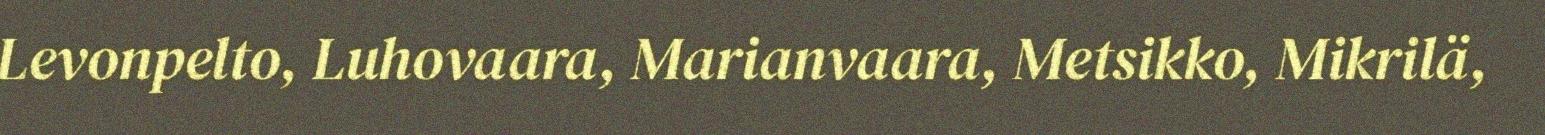
Levonpelto, Luhovaara, Marianvaara, Metsikko, Mikrilä,